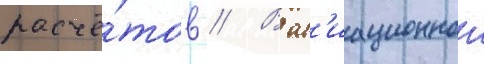
расчё́тов // В ав'иационнои